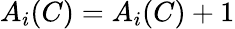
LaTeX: A_{i}(C)=A_{i}(C)+1